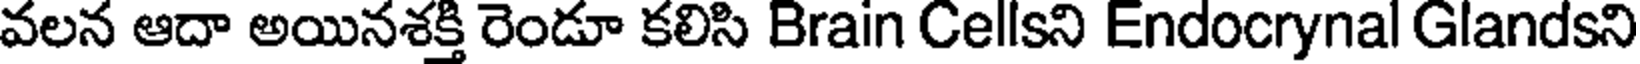
వలన ఆదా అయినశక్తి రెండూ కలిసి Brain Cellsని Endocrynal Glandsని